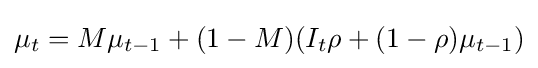
\mu _{t}=M\mu _{t-1}+(1-M)(I_{t}\rho +(1-\rho )\mu _{t-1})